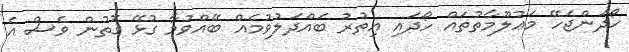
ހޯދަންޖެހޭ މަޢުލޫމާތުތައް ހޯދައި އިތުރު ބައްދަލުވުމެއް ބޭއްވުމާ ގުޅޭ ގޮތުން ވެސް އެ